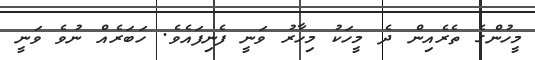
މީހުންގެ ތެރެއިން ދެ މީހަކު މިހާރު ވަނީ ފެނިފައެވެ. ހަބަރެއް ނުވެ ވަނީ